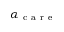
\alpha _ { \mathrm { ~ c ~ a ~ r ~ e ~ } }